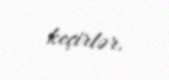
keçirlər.